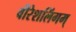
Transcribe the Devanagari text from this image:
वीरेशलिंगम्